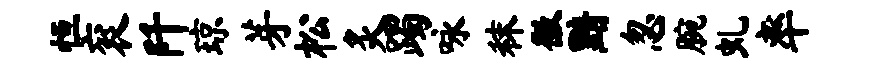
恒衮阡琼芽松炙躅咏秣徽黯忽腕虬率